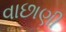
વાછાણી